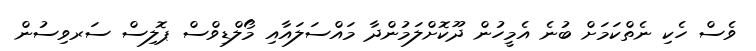
ވެސް ހެކި ނެތްކަމަށް ބުނެ އެމީހުން ދޫކޮށްލަމުންދާ މައްސަލައާއި މޯލްޑިވްސް ޕޮލިސް ސަރވިސުން